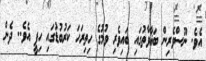
އެވެ. ނޫސްވެރިން ބަޣާވާތުގައި ބައިވެރި ވުމުގެ ހިތިރަހަ ކަރުބުޑުގައި ހިފީ އެވެ.. ދެން